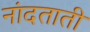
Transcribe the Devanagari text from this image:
नांदताती